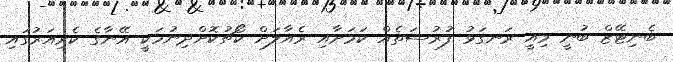
ބެނިޓޭޒް ބުނީ މިއީ ރަނގަޅު ފުރުސަތެއް ކަމަށާއި ރެއާލަށް ކޯޗުކޮށްދިނުމަކީ އޭނާގެ ކެރިއަރުގައި